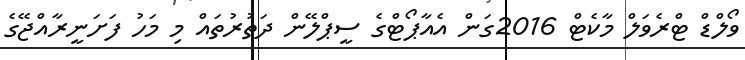
ވޯލްޑް ޓްރެވަލް މާކެޓް 2016ގަން އެއާޕޯޓްގެ ސީޕްލޭން ދަތުރުތައް މި މަހު ފަށަނީރާއްޖޭގެ